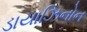
ડાયાઝિનોન